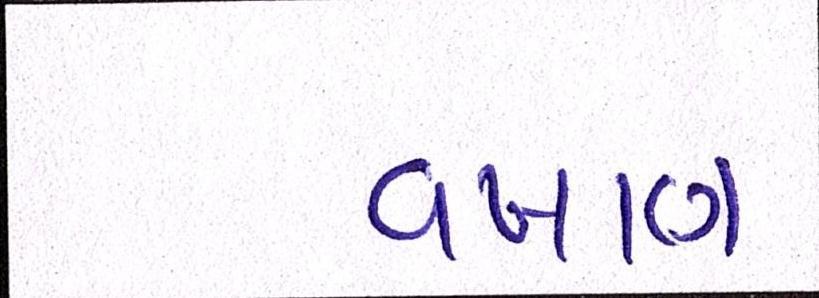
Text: વખાણ